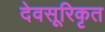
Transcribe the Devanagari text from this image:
देवसूरिकृत